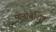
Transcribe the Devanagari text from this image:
मोनोबेशिक